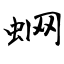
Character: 蛧